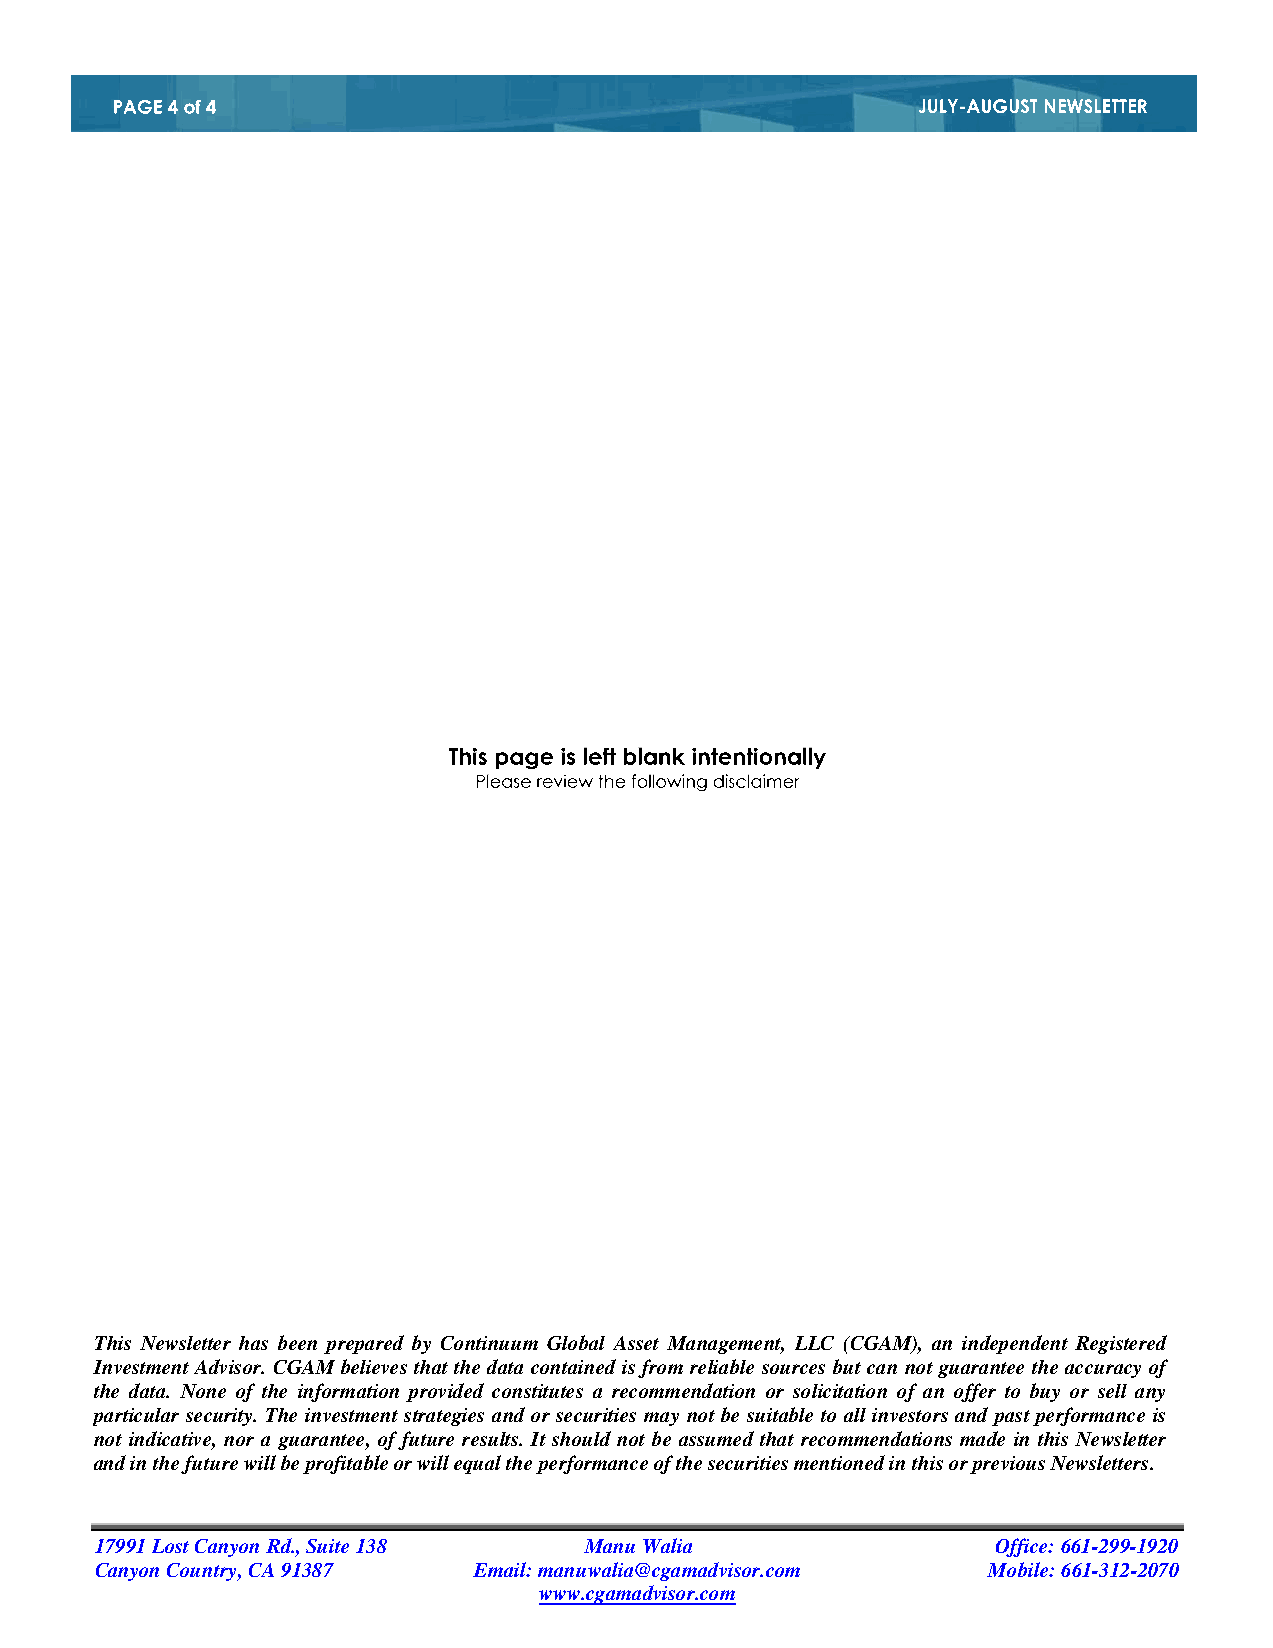
This Newsletter has been prepared by Continuum Global Asset Management, LLC (CGAM), an independent Registered
 Investment Advisor. CGAM believes that the data contained is from reliable sources but can not guarantee the accuracy of
 the data. None of the information provided constitutes a recommendation or solicitation of an offer to buy or sell any
 particular security. The investment strategies and or securities may not be suitable to all investors and past performance is
 not indicative, nor a guarantee, of future results. It should not be assumed that recommendations made in this Newsletter
 and in the future will be profitable or will equal the performance of the securities mentioned in this or previous Newsletters.
 17991 Lost Canyon Rd., Suite 138 Manu Walia                 Office: 661-299-1920
 Canyon Country, CA 91387 Email: manuwalia@cgamadvisor.com  Mobile: 661-312-2070
 www.cgamadvisor.com